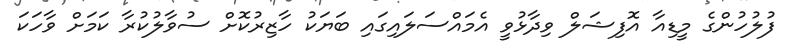
ފުލުހުންގެ މީޑިއާ އޮފިޝަލް ވިދާޅުވީ އެމައްސަލައިގައި ބަޔަކު ހާޒިރުކޮށް ސުވާލުކުރާ ކަމަށް ވާހަކަ